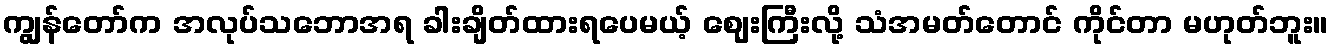
ကျွန်တော်က အလုပ်သဘောအရ ခါးချိတ်ထားရပေမယ့် ဈေးကြီးလို့ သံအမတ်တောင် ကိုင်တာ မဟုတ်ဘူး။